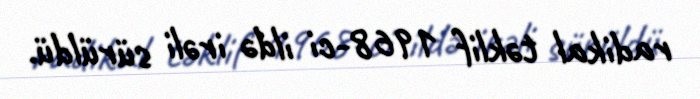
radikal təklif 1968-ci ildə irəli sürüldü.